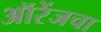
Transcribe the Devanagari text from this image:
ऑरेंजचा